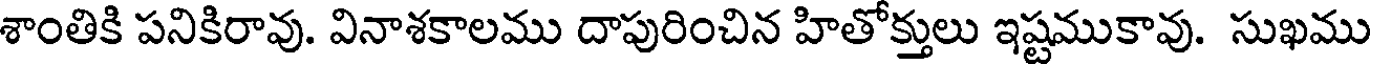
శాంతికి పనికిరావు. వినాశకాలము దాపురించిన హితోక్తులు ఇష్టముకావు. సుఖము